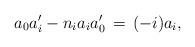
LaTeX: \begin{align*} a_0 a'_i - n_i a_ia'_0 \, =\, (-i) a_i,\end{align*}